Indian journal of veterinary science and animal husbandry - Volumes 15-17, 1948-1951
Year: 1948
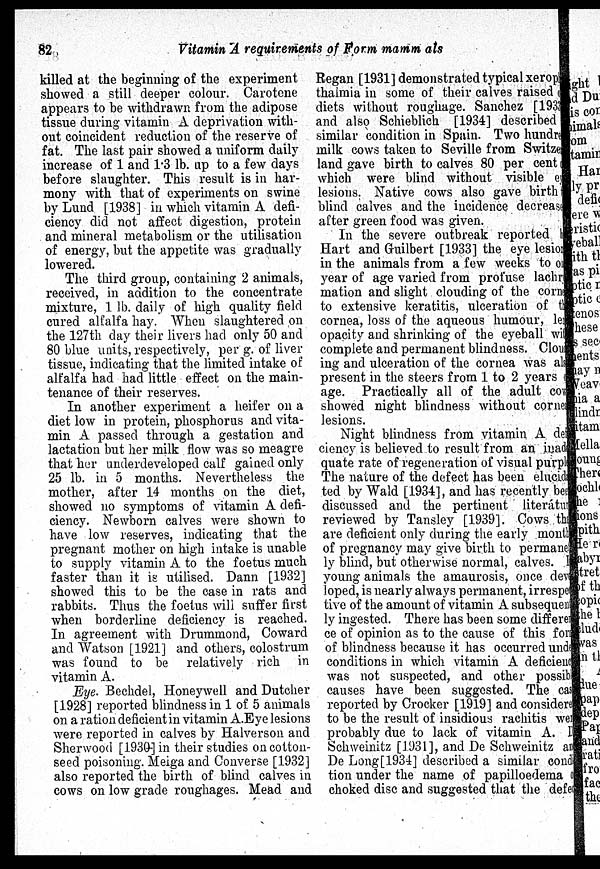
82
Vitamin A requirements of Form mamm als
killed at the beginning of the experiment
showed a still deeper colour. Carotene
appears to be withdrawn from the adipose
tissue during vitamin A deprivation with-
out coincident reduction of the reserve of
fat. The last pair showed a uniform daily
increase of 1 and 1.3 lb. up to a few days
before slaughter. This result is in har-
mony with that of experiments on swine
by Lund [1938] in which vitamin A defi-
ciency did not affect digestion, protein
and mineral metabolism or the utilisation
of energy, but the appetite was gradually
lowered.
The third group, containing 2 animals,
received, in addition to the concentrate
mixture, 1 lb. daily of high quality field
cured alfalfa hay. When slaughtered on
the 127th day their livers had only 50 and
80 blue units, respectively, per g. of liver
tissue, indicating that the limited intake of
alfalfa had had little effect on the main-
tenance of their reserves.
In another experiment a heifer on a
diet low in protein, phosphorus and vita-
min A passed through a gestation and
lactation but her milk flow was so meagre
that her underdeveloped calf gained only
25 lb. in 5 months. Nevertheless the
mother, after 14 months on the diet,
showed no symptoms of vitamin A defi-
ciency. Newborn calves were shown to
have low reserves, indicating that the
pregnant mother on high intake is unable
to supply vitamin A to the foetus much
faster than it is utilised. Dann [1932]
showed this to be the case in rats and
rabbits. Thus the foetus will suffer first
when borderline deficiency is reached.
In agreement with Drummond, Coward
and Watson [1921] and others, colostrum
was found to be relatively rich in
vitamin A.
Eye. Bechdel, Honeywell and Dutcher
[1928] reported blindness in 1 of 5 animals
on a ration deficient in vitamin A.Eye lesions
were reported in calves by Halverson and
Sherwood [1930] in their studies on cotton-
seed poisoning. Meiga and Converse [1932]
also reported the birth of blind calves in
cows on low grade roughages. Mead and
Regan [1931] demonstrated typical xerop
thalmia in some of their calves raised of
diets without roughage. Sanchez [1933]
and also Schieblich [1934] described
similar condition in Spain. Two hundred
milk cows taken to Seville from Switzer-
land gave birth to calves 80 per cent
which were blind without visible ey
lesions. Native cows also gave birth
blind calves and the incidence decreased
after green food was given.
In the severe outbreak reported by
Hart and Guilbert [1933] the eye lesions
in the animals from a few weeks to one
year of age varied from profuse lachry
mation and slight clouding of the corn
to extensive keratitis, ulceration of the
cornea, loss of the aqueous humour, le
opacity and shrinking of the eyeball wi
complete and permanent blindness. Clou
ing and ulceration of the cornea was also
present in the steers from 1 to 2 years of
age. Practically all of the adult cow
showed night blindness without cornea
lesions.
Night blindness from vitamin A defi
cieney is believed to result from an inad
quate rate of regeneration of visual purple
The nature of the defect has been elucid
ted by Wald [1934], and has recently been
discussed and the pertinent literáture
reviewed by Tansley [1939]. Cows the
are deficient only during the early month
of pregnancy may give birth to permanent
ly blind, but otherwise normal, calves. I
young animals the amaurosis, once deve
loped, is nearly always permanent, irrespec
tive of the amount of vitamin A subsequent
ly ingested. There has been some differen
ce of opinion as to the cause of this form
of blindness because it has occurred under
conditions in which vitamin A deficienes
was not suspected, and other possible
causes have been suggested. The case
reported by Crocker [1919] and considered
to be the result of insidious rachitis were
probably due to lack of vitamin A. D.
Schweinitz [1931], and De Schweinitz and
De Long[1934] described a similar condi
tion under the name of papilloedema on
choked disc and suggested that the defec